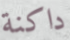
داكنة